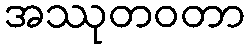
အဿုတဝတာ